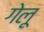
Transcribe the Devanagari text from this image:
गेलू